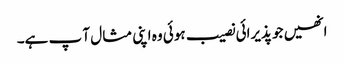
انھیں جو پذیرائی نصیب ہوئی وہ اپنی مثا ل آ پ ہے۔